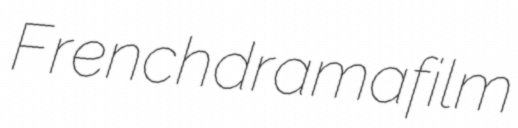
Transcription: French drama film